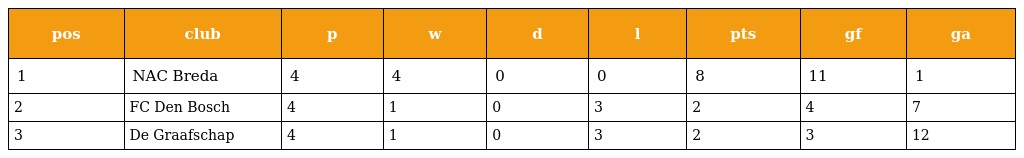
| pos | club | p | w | d | l | pts | gf | ga |
 | --- | --- | --- | --- | --- | --- | --- | --- | --- |
 | 1 | NAC Breda | 4 | 4 | 0 | 0 | 8 | 11 | 1 |
 | 2 | FC Den Bosch | 4 | 1 | 0 | 3 | 2 | 4 | 7 |
 | 3 | De Graafschap | 4 | 1 | 0 | 3 | 2 | 3 | 12 |